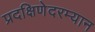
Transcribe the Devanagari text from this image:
प्रदक्षिणेदरम्यान